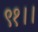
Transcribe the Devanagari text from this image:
९१।।